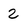
Character: 2